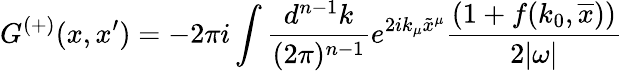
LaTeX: G^{(+)}(x,x^{\prime})=-2\pi i\int\frac{d^{n-1}k}{(2\pi)^{n-1}}e^{2ik_{\mu}\tilde{x}^{\mu}}\frac{(1+f(k_{0},\overline{{x}}))}{2|\omega|}